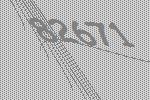
82671